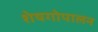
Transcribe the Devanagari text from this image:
शेषगोपालन